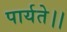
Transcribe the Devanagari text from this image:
पार्यते।।